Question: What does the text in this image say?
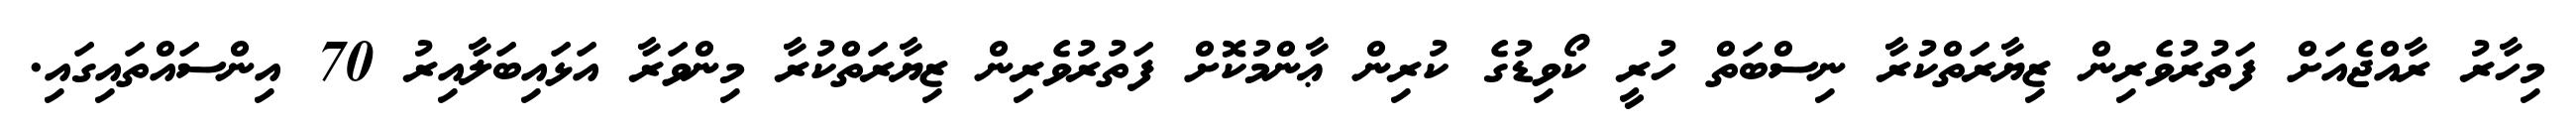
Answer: މިހާރު ރާއްޖެއަށް ފަތުރުވެރިން ޒިޔާރަތްކުރާ ނިސްބަތް ހުރީ ކޯވިޑުގެ ކުރިން ޢާންމުކޮށް ފަތުރުވެރިން ޒިޔާރަތްކުރާ މިންވަރާ އަޅައިބަލާއިރު 70 އިންސައްތައިގައި.